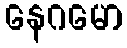
နေဂမော